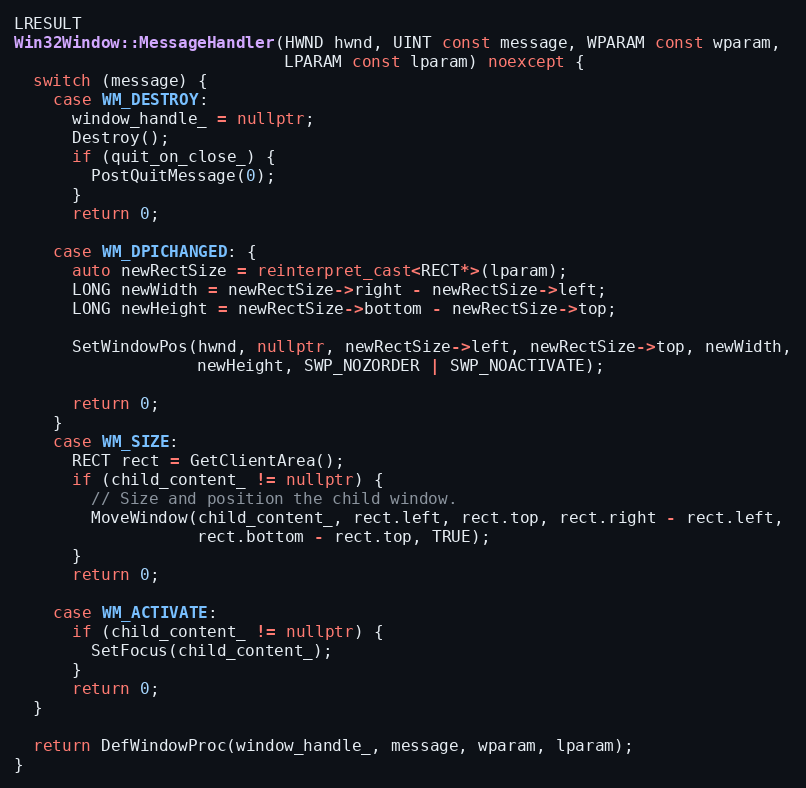
Language: C++
LRESULT
Win32Window::MessageHandler(HWND hwnd, UINT const message, WPARAM const wparam,
                            LPARAM const lparam) noexcept {
  switch (message) {
    case WM_DESTROY:
      window_handle_ = nullptr;
      Destroy();
      if (quit_on_close_) {
        PostQuitMessage(0);
      }
      return 0;

    case WM_DPICHANGED: {
      auto newRectSize = reinterpret_cast<RECT*>(lparam);
      LONG newWidth = newRectSize->right - newRectSize->left;
      LONG newHeight = newRectSize->bottom - newRectSize->top;

      SetWindowPos(hwnd, nullptr, newRectSize->left, newRectSize->top, newWidth,
                   newHeight, SWP_NOZORDER | SWP_NOACTIVATE);

      return 0;
    }
    case WM_SIZE:
      RECT rect = GetClientArea();
      if (child_content_ != nullptr) {
        // Size and position the child window.
        MoveWindow(child_content_, rect.left, rect.top, rect.right - rect.left,
                   rect.bottom - rect.top, TRUE);
      }
      return 0;

    case WM_ACTIVATE:
      if (child_content_ != nullptr) {
        SetFocus(child_content_);
      }
      return 0;
  }

  return DefWindowProc(window_handle_, message, wparam, lparam);
}